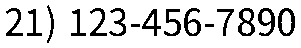
21) 123-456-7890